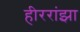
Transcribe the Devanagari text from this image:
हीररांझा